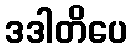
ဒဒါတိပေ